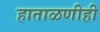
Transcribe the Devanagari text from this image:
हाताळणीही